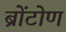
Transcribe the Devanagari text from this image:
ब्रोंटोण